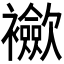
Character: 𲁈